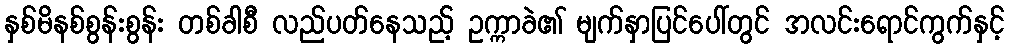
နှစ်မိနစ်စွန်းစွန်း တစ်ခါစီ လည်ပတ်နေသည့် ဥက္ကာခဲ၏ မျက်နှာပြင်ပေါ်တွင် အလင်းရောင်ကွက်နှင့်